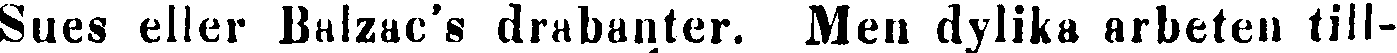
Sues eller Balzac's drabanter. Men dylika arbeten till-